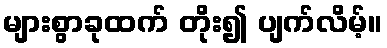
များစွာခုထက် တိုး၍ ပျက်လိမ့်။